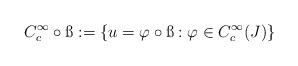
LaTeX: \begin{align*}C_c^\infty\circ \ss:=\{u=\varphi\circ \ss: \varphi\in C_c^\infty(J)\}\end{align*}